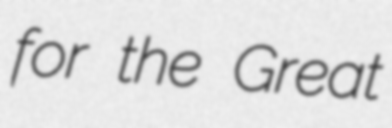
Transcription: for the Great